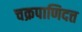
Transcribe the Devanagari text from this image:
चक्रपाणिदत्त